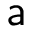
{ \sf a }